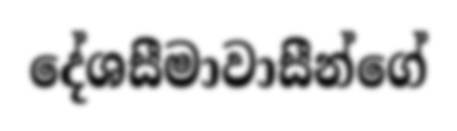
දේශසීමාවාසීන්ගේ